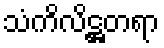
သံကိလိဋ္ဌတရာ